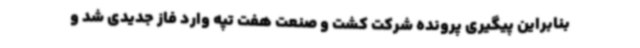
بنابراین پیگیری پرونده شرکت کشت و صنعت هفت تپه وارد فاز جدیدی شد و